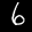
Label: 6